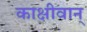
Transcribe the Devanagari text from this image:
काक्षीवान्